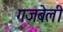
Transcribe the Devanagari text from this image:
गजबेली